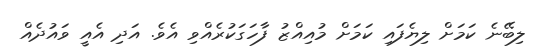
ލިބޭނެ ކަމަށް ލިޔެފައި ކަމަށް މުއިއްޒު ފާހަގަކުރެއްވި އެވެ. އަދި އެއީ ވައުދެއް